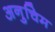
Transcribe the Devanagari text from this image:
अनुचिम